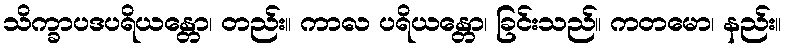
သိက္ခာပဒပရိယန္တော၊ တည်း။ ကာလ ပရိယန္တော၊ ခြင်းသည်။ ကတမော၊ နည်း။